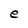
Character: e